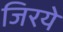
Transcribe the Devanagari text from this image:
जिरये